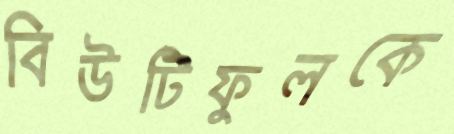
বিউটিফুলকে